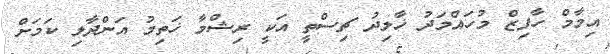
އިމާމް ހާފިޒް މުހައްމަދު ޚާލިދު ޗިސްތީ އަކީ ރިޝްމާ ޚަތިމު އަންދާލި ކަމަށް